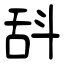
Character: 𣁳